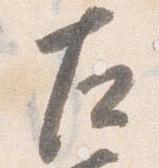
左